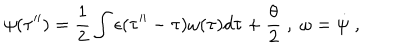
\psi ( \tau ^ { \prime \prime } ) = \frac { 1 } { 2 } \int \epsilon ( \tau ^ { \prime \prime } - \tau ) \omega ( \tau ) d \tau + \frac { \theta } { 2 } \; , \; \omega = { \dot { \psi } } \; ,